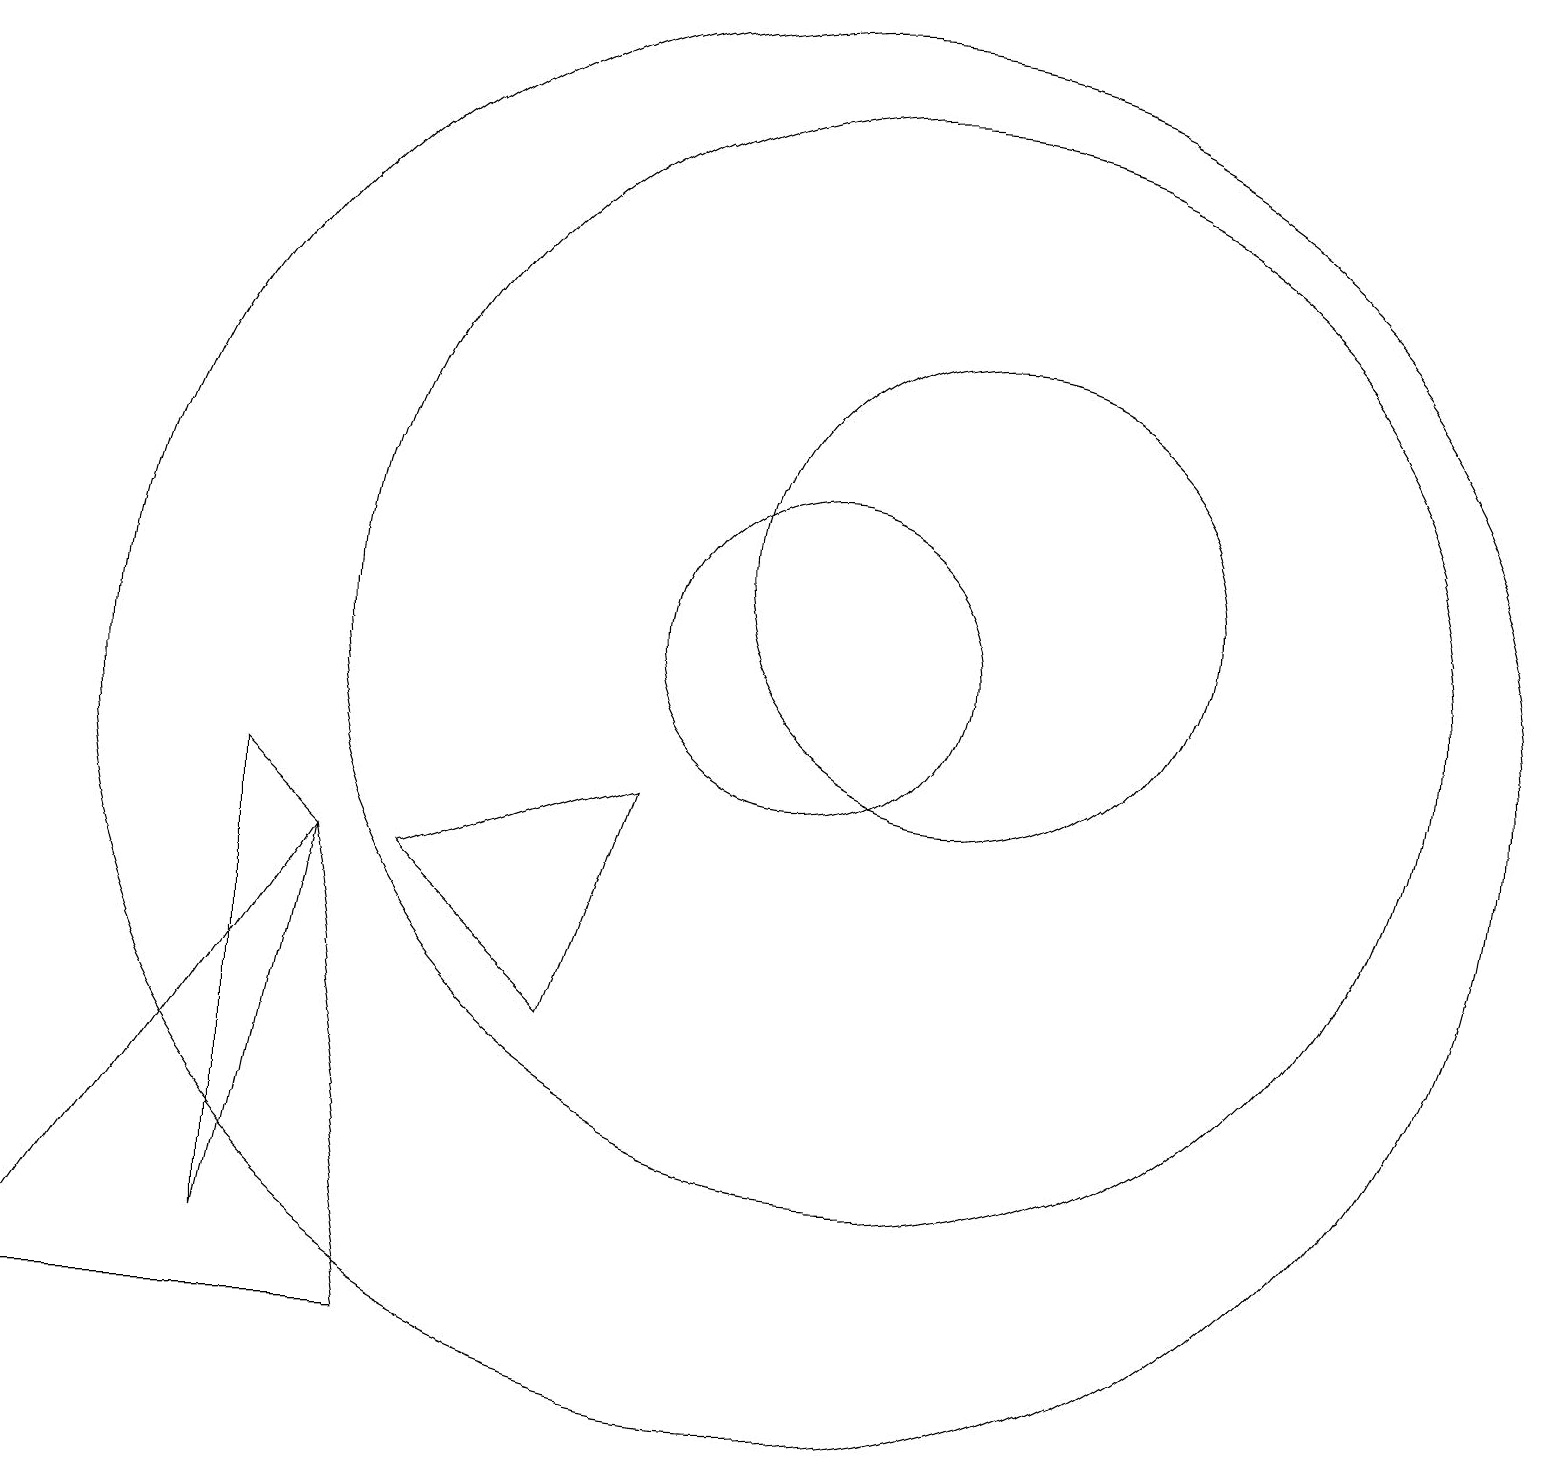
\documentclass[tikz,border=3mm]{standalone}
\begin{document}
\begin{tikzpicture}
\draw (3,9) -- (3,3) -- (4,8) -- cycle;
\draw (12,12) circle (3);
\draw (5,2) -- (4,8) -- (0,2) -- cycle;
\draw (10,10) circle (9);
\draw (7,6) -- (5,8) -- (8,9) -- cycle;
\draw (10,11) circle (2);
\draw (11,11) circle (7);
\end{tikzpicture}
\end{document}